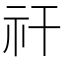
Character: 𥘏